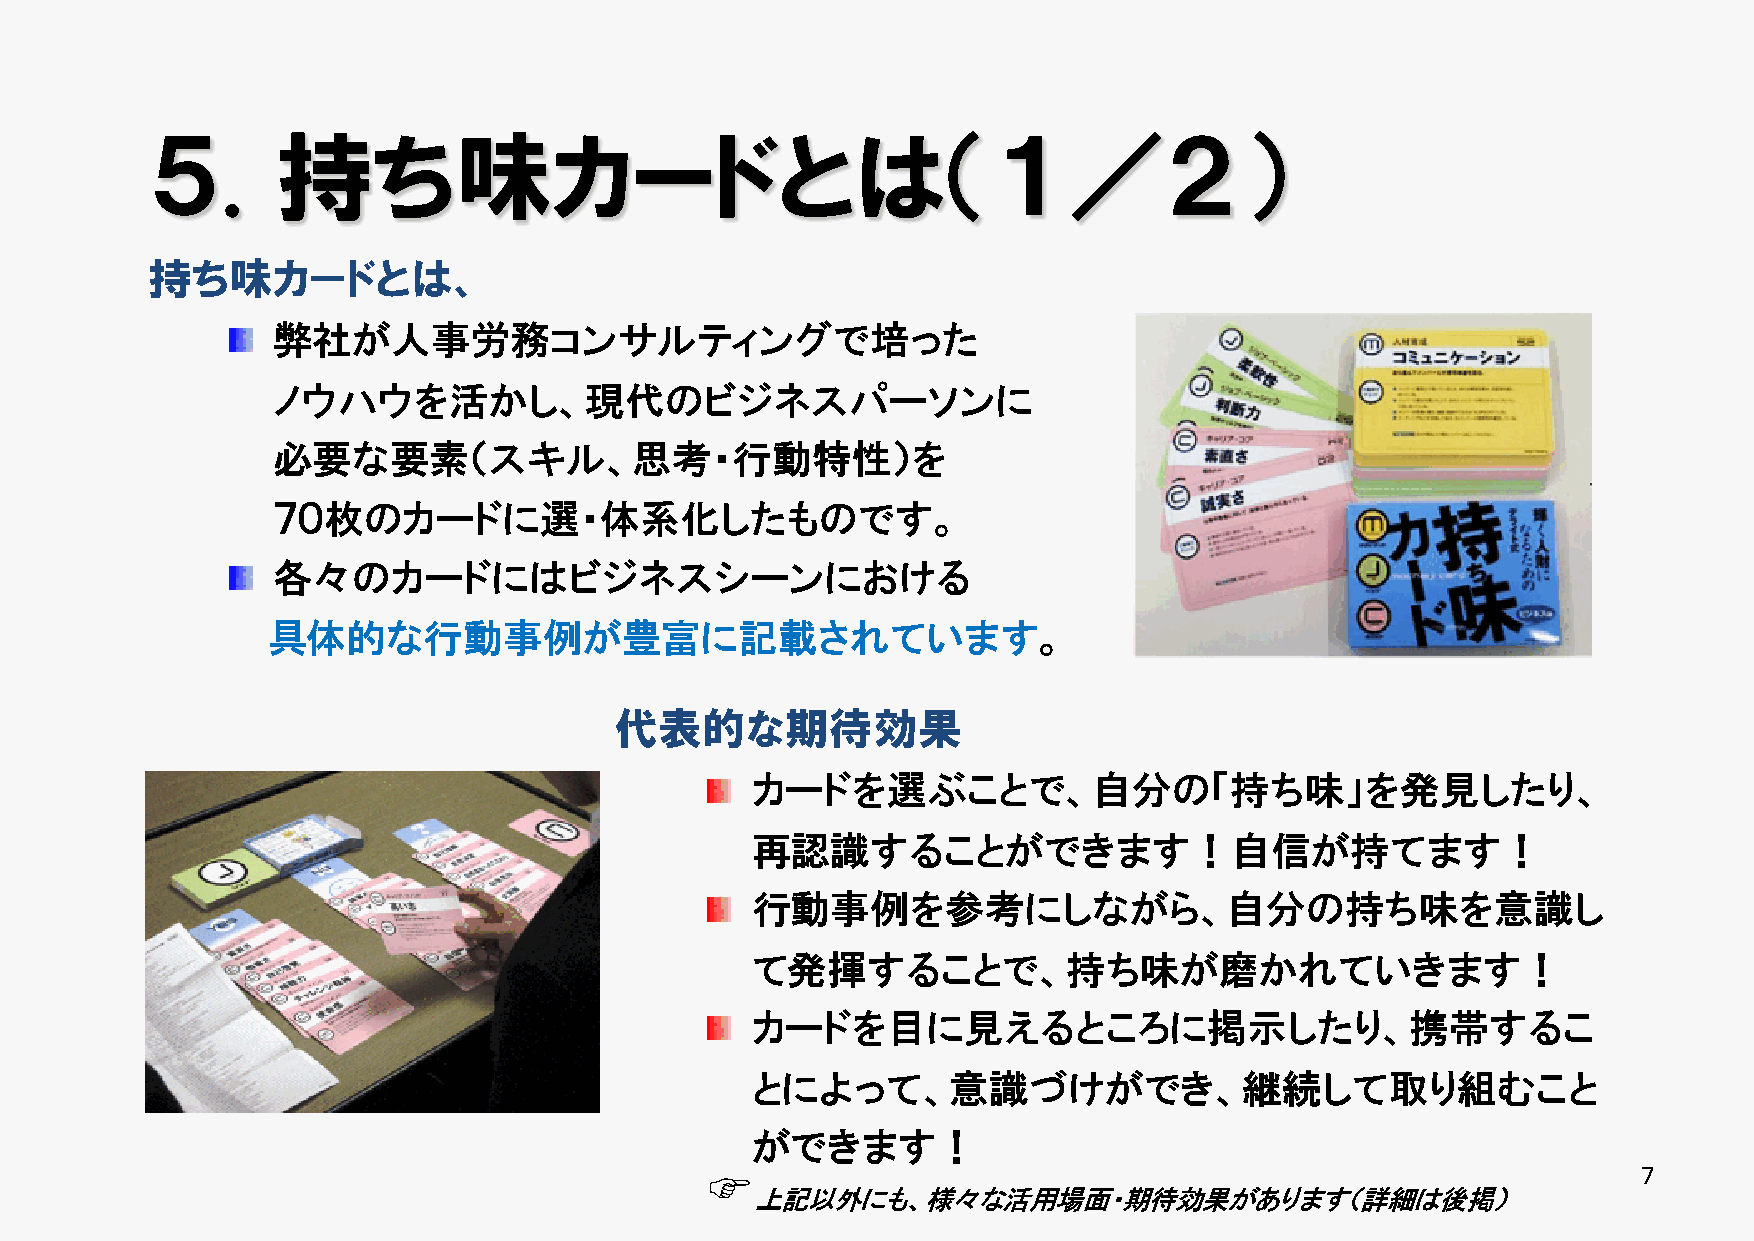
５.      持ち味カードとは（１／２）
 持ち味カードとは、
 弊社が人事労務コンサルティングで培った
 ノウハウを活かし、現代のビジネスパーソンに
 必要な要素（スキル、思考・行動特性）を
 ７０枚のカードに選・体系化したものです。
 各々のカードにはビジネスシーンにおける
 具体的な行動事例が豊富に記載されています。
 代表的な期待効果
 カードを選ぶことで、自分の「持ち味」を発見したり、
 再認識することができます！自信が持てます！
 行動事例を参考にしながら、自分の持ち味を意識し
 て発揮することで、持ち味が磨かれていきます！
 カードを目に見えるところに掲示したり、携帯するこ
 とによって、意識づけができ、継続して取り組むこと
 ができます！
 F                                                             7
 上記以外にも、様々な活用場面・期待効果があります（詳細は後掲）